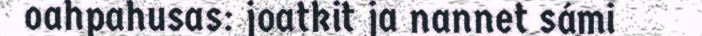
oahpahusas: joatkit ja nannet sámi